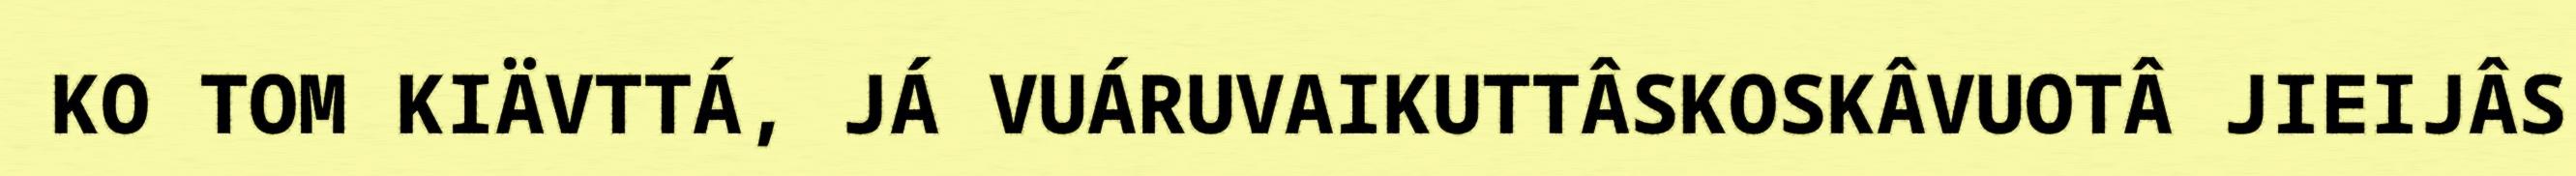
KO TOM KIÄVTTÁ, JÁ VUÁRUVAIKUTTÂSKOSKÂVUOTÂ JIEIJÂS